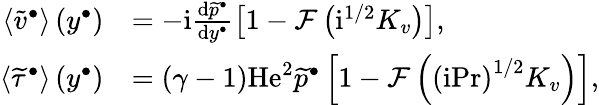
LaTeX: \begin{array}{rl}{\left\langle{\widetilde{v}^{\bullet}}\right\rangle\left(y^{\bullet}\right)}&{=-\mathrm{i}\frac{\mathrm{d}\widetilde{p}^{\bullet}}{\mathrm{d}y^{\bullet}}\left[1-\mathcal{F}\left(\mathrm{i}^{1/2}K_{v}\right)\right],}\\ {\left\langle{\widetilde{\tau}^{\bullet}}\right\rangle\left(y^{\bullet}\right)}&{=\left(\gamma-1\right)\mathrm{He}^{2}\widetilde{p}^{\bullet}\left[1-\mathcal{F}\left(\left(\mathrm{i}\mathrm{Pr}\right)^{1/2}K_{v}\right)\right],}\end{array}